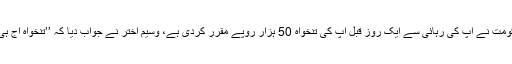
اس سوال پر کہ حکومت نے آپ کی رہائی سے ایک روز قبل آپ کی تنخواہ 50 ہزار روپے مقرر کردی ہے، وسیم اختر نے جواب دیا کہ ’’تنخواہ آج ہی جا کر نکلواؤں گا۔